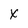
Character: x